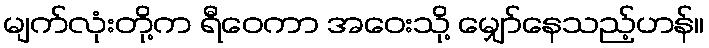
မျက်လုံးတို့က ရီဝေကာ အဝေးသို့ မျှော်နေသည့်ဟန်။